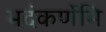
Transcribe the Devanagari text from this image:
भदंकर्णेभि